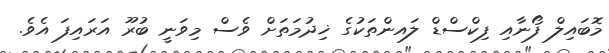
މޮބައިލް ފޯނާއި ފިކްސްޑް ލައންތަކުގެ ޚިދުމަތަށް ވެސް މިވަނީ ބުރޫ އަރައިފަ އެވެ.